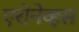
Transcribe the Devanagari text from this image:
एरोनेव्हस